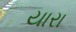
યારા